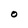
Character: O